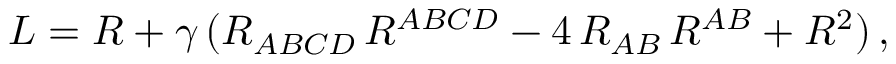
{ \cal L } = R + \gamma \, ( R _ { A B C D } \, R ^ { A B C D } - 4 \, R _ { A B } \, R ^ { A B } + R ^ { 2 } ) \, ,